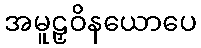
အမူဠှဝိနယောပေ